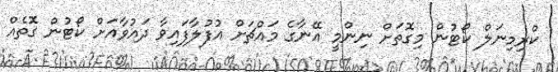
ކްރިމިނަލް ކޯޓުން މިގޮތަށް ނިންމީ އޭނާގެ މައްޗަށް އުފުލާފައިވާ ދައުވާއަށް ކޯޓުން ގޮތެއް